Annual statistical returns and brief notes on vaccination in Bengal - 1909-1929
Year: 1909
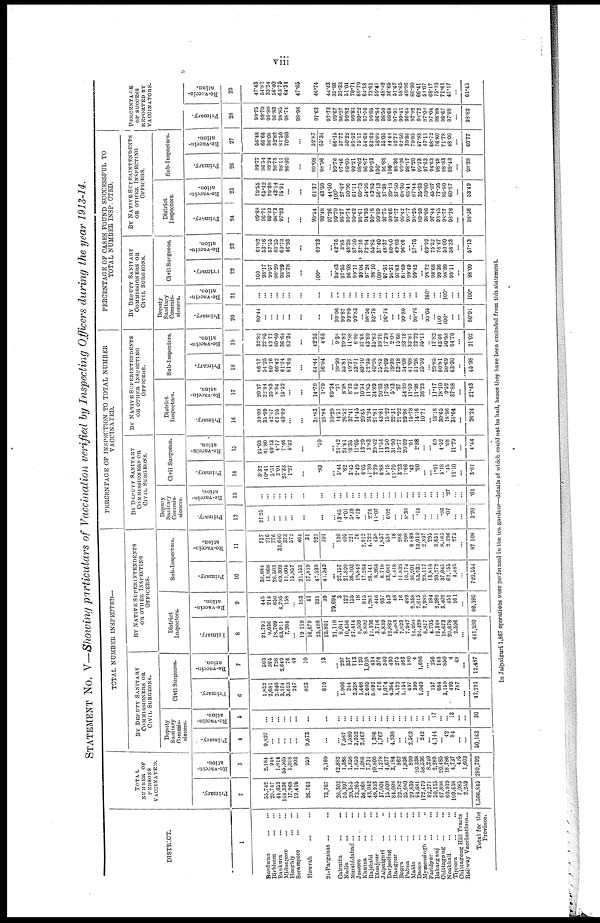
viii
STATEMENT No. V—Showing particulars of Vaccination verified by Inspecting Officers during the year 1913-14.
DISTRICT.
1
Burdwan ... ...
Birbhum ... ...
Bankura ... ...
Midnapore ... ...
Hooghly ... ...
Serampore
...
...
Howrah ... ...
24-Parganas ... ...
Calcutta ... ...
Nadia ... ...
Murshidabad ... ...
Jessore ... ...
Khulna ... ...
Rajshahi ... ...
Dinajpur ...
Jalpaiguri ... ...
Darjeeling ... ...
Rangpur ... ...
Bogra ... ...
Pabna ... ...
Malda ... ...
Dacca ... ...
Mymensingh ... ...
Faridpur ... ...
Bakarganj ... ...
Chittagong ... ...
Noakhali ... ...
Tippera ... ...
Chittagong Hill Tracts
Railway Vaccinations...
Total for the
Province.
TOTAL
NUMBER OF
PERSONS
VACCINATED.
Primary.
2
55,742
25,747
44,053
104,336
17,968
19,410
26,763
73,767
26,302
55,397
39,385
73,265
58,868
43,042
49,933
17,004
15,609
84,608
22,782
35,680
29,839
94,681
172,479
82,271
50,115
67,898
60,919
109,638
7,085
2,259
1,566,845
Re-vaccin-
ation.
3
2,184
945
1,814
55,505
1,018
903
959
2,169
42,882
1,386
1,358
1,859
1,086
7,731
10,809
1,278
4,677
3,184
862
1,836
899
20,338
58,536
8,249
2,289
20,485
18,786
4,737
425
1,603
280,793
TOTAL NUMBER INSPECTED—
BY DEPUTY SANITARY
COMMISSIONERS OR
CIVIL SURGEONS.
Deputy
Sanitary
Commis-
sioners.
Primary.
4
9,827
...
...
...
...
...
9,673
...
...
7,567
1,580
3,952
2,467
...
1,386
1,767
...
4,939
...
...
2,502
...
242
...
4,144
...
42
84
...
...
50,163
Re-vaccin-
ation.
5
...
...
...
...
...
...
...
...
...
...
...
...
...
...
...
...
...
...
...
...
...
...
...
...
17
...
...
13
...
...
30
Civil Surgeons.
Primary.
6
1,852
2,681
2,340
3,174
3,693
247
823
619
...
1,906
244
2,528
1,466
2,605
5,692
476
1,074
4,364
3,122
1,154
497
399
1,049
...
157
684
3,159
499
787
...
47,291
Re-vaccin-
ation.
7
503
395
728
2,649
76
49
10
13
...
297
337
713
120
1,028
414
376
540
430
275
363
180
4
1,686
...
256
143
850
4
48
...
12,487
BY NATIVE SUPERINTENDENTS
OR OTHER INSPECTING
OFFICERS.
District
Inspectors.
Primary.
8
21,793
9,036
18,709
63,911
7,204
...
19,119
16,679
23,486
19,801
21,119
8,041
10,456
27,414
8,509
8,892
12,106
3,716
6,839
12,882
5,083
7,823
7,947
14,950
24,428
8,817
4,705
12,348
18,673
20,678
2,596
...
411,280
Re-vaccin-
ation.
9
445
214
650
4,795
158
...
183
41
321
39
29,694
3
122
155
18
815
1,281
446
937
543
46
16
489
2,358
7,015
2,989
184
2,289
3,402
451
161
...
60,180
Sub-Inspectors.
Primary.
10
36,884
13,968
26,503
69,309
11,004
15,857
21,155
17,819
47,539
41,343
...
22,157
21,899
36,103
19,849
17,264
26,141
6,964
8,718
33,081
4,418
11,839
10,174
38,901
53,933
29,117
13,818
20,272
37,045
62,155
4,485
...
720,554
Re-vaccin-
ation.
11
717
216
776
33,640
373
572
464
31
923
101
...
130
405
221
76
2,912
4,722
458
1,857
554
18
288
208
6,889
13,010
2,897
295
3,651
8,165
2,396
275
...
87,108
PERCENTAGE OF INSPECTION TO TOTAL NUMBER
VACCINATED.
BY DEPUTY SANITARY
COMMISSIONERS OR
CIVIL SURGEONS.
Deputy
Sanitary
Commis-
sioners.
Primary.
12
21.25
...
...
...
...
...
...
...
...
13.65
4.01
5.39
4.19
...
2.78
11.07
...
6.02
...
...
8.38
...
.14
...
...
...
.06
.07
...
...
3.20
Re-vaccin-
ation.
13
...
...
...
...
...
...
...
...
...
...
...
...
...
...
...
...
...
...
...
...
...
...
...
...
...
...
...
.27
...
...
.01
Civil Surgeons.
Primary.
14
3.32
10.41
5.31
3.04
25.33
1.27
...
.83
...
3.44
.62
3.45
2.49
6.05
11.39
2.79
6.88
5.15
13.70
3.23
1.66
.42
.60
...
...
1.01
5.18
.45
11.10
...
3.01
Re-vaccin-
ation.
15
23.03
41.80
40.13
4.77
7.46
5.42
...
.59
...
21.42
24.81
38.35
11.05
13.29
3.83
29.42
11.54
13.50
31.90
19.77
20.02
.01
2.88
...
...
69
4.52
.08
11.29
...
4.44
BY NATIVE SUPERINTENDENTS
OR OTHER INSPECTING
OFFICERS.
District
Inspectors.
Primary.
16
39.09
35.09
42.47
61.25
40.09
...
...
31.83
26.84
80.29
14.51
26.52
37.41
14.45
20.65
24.24
21.81
43.81
15.22
22.31
21.92
29.98
15.78
14.16
10.71
...
18.18
30.65
18.86
36.64
...
26.24
Re-vaccin¬
ation.
17
20.37
22.64
35.83
8.64
15.52
...
...
14.79
1.79
69.24
.21
8.98
8.33
1 65
10.54
11.85
34.89
20.03
17.05
5.33
.87
54.39
11.59
11.98
36.23
...
11.17
18.10
9.52
37.88
...
21.43
Sub-Inspectors.
Primary.
18
66.17
54.25
60.16
66.42
61.24
81.69
...
64.44
56.04
...
39.99
55.81
49.27
33.71
40.10
52.35
40.95
55.85
39.09
19.39
33.18
34.09
41.08
31.26
35.39
...
29.85
60.81
50.69
63.30
...
45.98
Re-vaccin-
ation.
19
32.82
22.85
42.77
60.60
36.64
63.34
...
42.55
4.65
...
9.38
29.82
11.38
6.99
37.66
43.69
35.83
39.70
17.39
2.08
15.68
23.13
33.87
22.22
35.11
...
17.82
43.46
50.58
64.70
...
21.02
PERCENTAGE OF CASES FOUND SUCCESSFUL TO
TOTAL NUMBER INSPECTED.
BY DEPUTY SANITARY
COMMISSIONERS OR
CIVIL SURGEONS.
Deputy
Sanitary
Commis-
sioners.
Primary.
20
80.44
...
...
...
...
...
...
...
...
99.96
99.87
99.89
99.83
...
98.56
93.78
...
96.74
...
...
99.80
...
98.76
...
95.05
...
100.
100.
...
...
60.91
Re-vaccin-
ation.
21
...
...
...
...
...
...
...
...
...
...
...
...
...
...
...
...
...
...
...
...
...
...
...
...
100.
...
...
100.
...
...
100.
Civil Surgeons.
Primary.
22
100
98.17
99.57
98.29
98.29
98.78
...
100.
...
99.63
97.95
96.08
99.11
99.04
97.24
98.10
100.
97.31
96.31
97.83
81.69
99.49
99.42
...
98.72
98.68
99.36
98.99
99.11
...
98.09
Re-vaccin-
ation.
23
61.82
53.16
57.55
66.25
69.73
46.93
...
69.23
...
42.76
3.85
48.38
37.50
37.16
72.94
55.85
37.40
48.37
80.00
49.03
96.66
...
57.76
...
69.92
75.52
76.47
50.00
58.33
...
57.13
BY NATIVE SUPERINTENDENTS
OR OTHER INSPECTING
OFFICERS.
District
Inspectors.
Primary.
24
99.83
96.71
99.33
98.73
97.23
...
...
99.54
99.48
97.26
99.70
96.37
99.74
99.62
98.61
94.93
99.16
99.89
97.75
99.66
97.77
99.42
98.77
98.25
89.99
98.06
97.44
98.45
98.77
98.26
...
98.36
Re-vaccin-
ation.
25
79.55
65.42
29.38
43.14
75.31
...
...
61.37
43.59
44.50
100.
27.87
50.96
61.11
60.73
54.56
83.85
56.13
37.38
39.13
37.50
68.30
66.41
87.44
35.33
50.00
45.87
77.95
85.80
60.87
...
53.49
Sub-Inspectors.
Primary.
26
99.77
96.54
99.24
98.75
98.11
98.80
...
99.08
98.96
...
99.76
97.46
99.05
99.21
98.62
96.87
99.23
100.
96.83
100.
98.36
99.26
98.17
97.20
99.23
97.63
94.63
98.48
98.33
98.43
...
98.38
Re-vaccin-
ation.
27
56.48
66.66
36.08
52.82
81.50
70.80
...
52.87
65.34
...
66.15
57.77
50.22
85.52
75.17
54.68
83.62
58.69
55.05
44.44
52.77
62.50
39.86
79.85
57.88
67.11
68.72
76.80
71.78
48.00
...
60.77
PERCENTAGE
OF SUCCESS
REPORTED BY
VACCINATORS.
Primary.
28
99.75
99.70
99.89
96.83
98.85
98.74
98.98
97.63
97.73
99.67
98.27
99.82
99.83
99.22
97.66
99.05
96.84
98.50
99.68
97.91
99.41
96.65
97.92
98.72
97.08
97.04
98.89
98.67
97.88
...
98.82
Re-vaccin¬
ation.
29
47.43
54.81
33.24
56.40
63.75
64.34
47.65
46.74
44.43
35.93
37.33
51.04
70.71
69.79
64.18
73.61
59.41
48.52
36.65
51.47
58.65
40.96
80.90
66.41
51.07
68.17
75.10
71.61
45.17
...
61.45
In Jalpaiguri 1,867 operations wore performed in the tea gardens—details of which could not be had, hence they have been excluded from this statement.